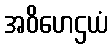
အဝိဟေဌယံ